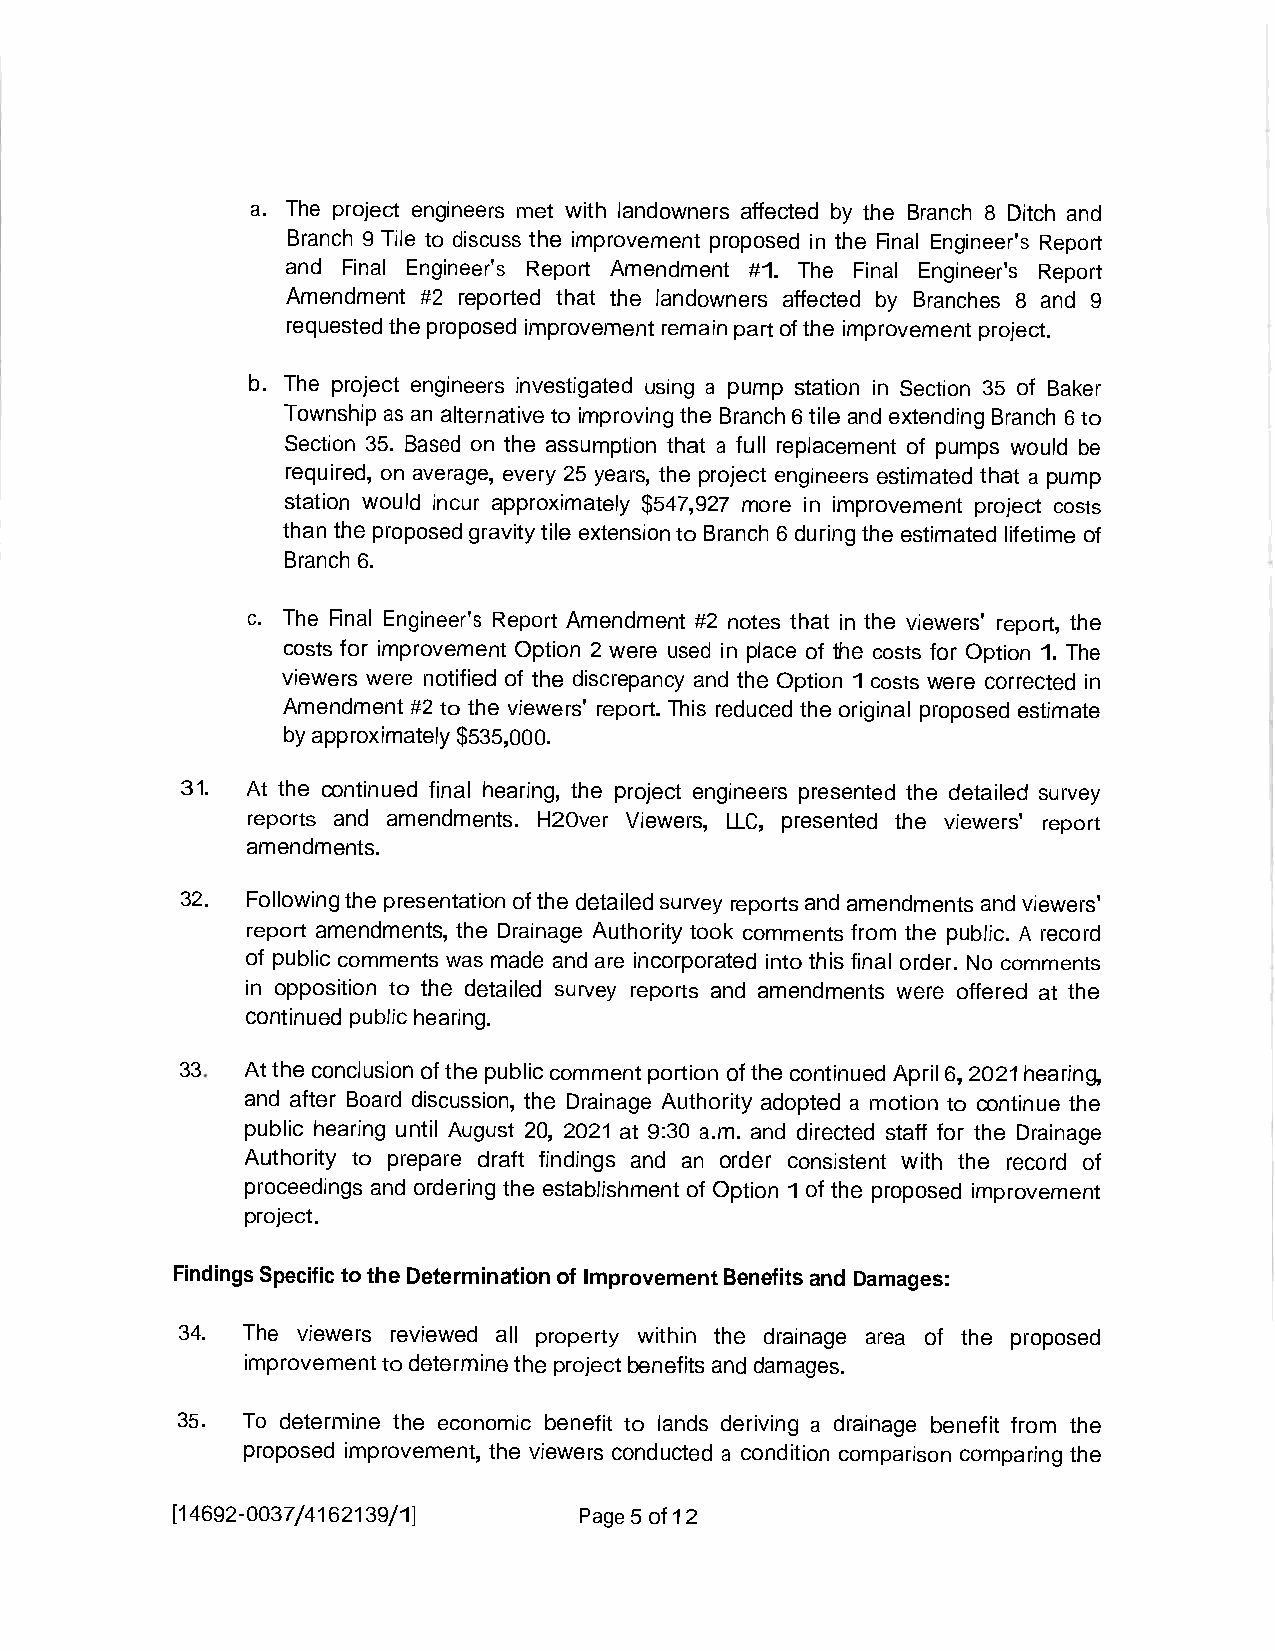
a. The project engineers met with landowners affected by the Branch 8 Ditch and
 Branch 9 Tile to discuss the improvement proposed in the Final Engineer's Report
 and Final Engineer's Report Amendment #1. The Final Engineer's Report
 Amendment #2 reported that the landowners affected by Branches 8 and 9
 requestedtheproposedimprovementremainpartoftheimprovement project.
 b. The project engineers investigated using a pump station in Section 35 of Baker
 Townshipas analternativetoimprovingtheBranch6tileandextendingBranch 6to
 Section 35. Based on the assumption that a full replacement of pumps would be
 required,on average,every 25 years,the project engineers estimated that a pump
 station would incur approximately $547,927 more in improvement project costs
 thanthe proposedgravitytileextensiontoBranch6duringtheestimatedlifetimeof
 Branch6.
 c. The Final Engineer's Report Amendment #2 notes that in the viewers' report, the
 costs for improvement Option 2 were used in place of the costs for Option1. The
 viewers were notified of the discrepancy and the Option1costs were correctedin
 Amendment #2 to the viewers' report.This reduced the original proposed estimate
 byapproximately$535,000.
 .
 31  At the continued final hearing, the project engineers presented the detailed survey
 reports and amendments. H20ver Viewers, LLC, presented the viewers' report
 amendments.
 .
 32  Followingthepresentationofthedetailedsurveyreportsandamendmentsand viewers'
 report amendments,the Drainage Authority took comments from the public. A record
 of public comments wasmade and are incorporatedintothis final order. No comments
 in opposition to the detailed survey reports and amendments were offered at the
 continuedpublichearing.
 33  Attheconclusionofthepubliccommentportionofthecontinued April6,2021hearing,
 and after Board discussion,the Drainage Authority adopted a motion to continue the
 public hearing until August 20, 2021at 9:30 a.m. and directed staff for the Drainage
 Authority to prepare draft findings and an order consistent with the record of
 proceedings and orderingthe establishment of Option1of the proposed improvement
 .
 project
 FindingsSpecifictotheDeterminationofImprovementBenefitsandDamages:
 34. The viewers reviewed all property within the drainage area of the proposed
 improvementtodeterminetheprojectbenefitsanddamages.
 35. To determine the economic benefit to lands deriving a drainage benefit from the
 proposed improvement,the viewersconducted a condition comparison comparing the
 [14692-0037/4162139/1]     Page5of12